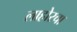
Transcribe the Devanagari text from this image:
लाहोरचा